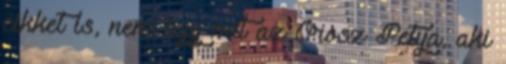
cikket is, nem úgy mit az Orosz Petya, aki